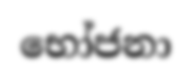
භෝජනා